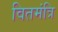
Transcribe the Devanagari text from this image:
वितमंत्रि